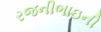
રજનીભાઇની